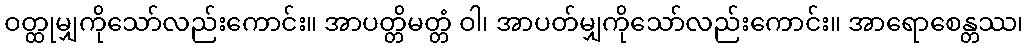
ဝတ္ထုမျှကိုသော်လည်းကောင်း။ အာပတ္တိမတ္တံ ဝါ၊ အာပတ်မျှကိုသော်လည်းကောင်း။ အာရောစေန္တဿ၊